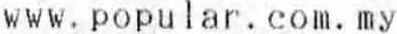
WWW.POPULAR.COM.MY